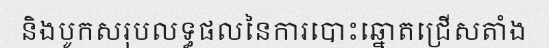
និងបូកសរុបលទ្ធផលនៃការបោះឆ្នោតជ្រើសតាំង